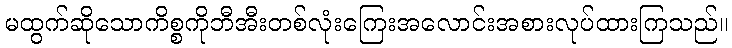
မထွက်ဆိုသောကိစ္စကိုဘီအီးတစ်လုံးကြေးအလောင်းအစားလုပ်ထားကြသည်။